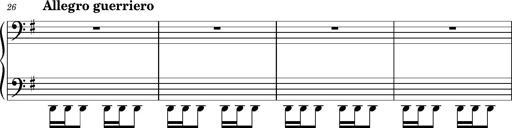
Title: Ungarischer Romanzero
Composer: Franz Liszt